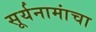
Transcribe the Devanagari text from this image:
सूर्यनामांचा